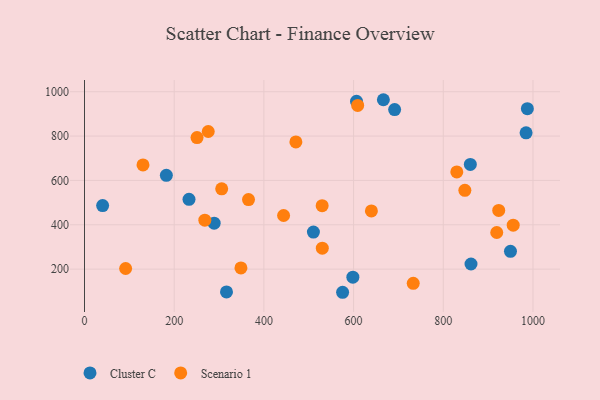
{"axis": {"x": "Experience", "y": "Salary"}, "legend": ["Cluster C", "Scenario 1"], "data": [{"x": "598.4", "y": 163.8, "type": "Cluster C"}, {"x": "860.3", "y": 672.3, "type": "Cluster C"}, {"x": "984.6", "y": 814.5, "type": "Cluster C"}, {"x": "182.5", "y": 623.1, "type": "Cluster C"}, {"x": "510.4", "y": 367.2, "type": "Cluster C"}, {"x": "861.8", "y": 223.0, "type": "Cluster C"}, {"x": "949.8", "y": 280.3, "type": "Cluster C"}, {"x": "316.6", "y": 97.2, "type": "Cluster C"}, {"x": "233.0", "y": 514.8, "type": "Cluster C"}, {"x": "987.5", "y": 923.6, "type": "Cluster C"}, {"x": "691.5", "y": 919.6, "type": "Cluster C"}, {"x": "289.1", "y": 407.4, "type": "Cluster C"}, {"x": "575.5", "y": 95.6, "type": "Cluster C"}, {"x": "40.4", "y": 486.7, "type": "Cluster C"}, {"x": "666.4", "y": 963.9, "type": "Cluster C"}, {"x": "606.5", "y": 957.0, "type": "Cluster C"}, {"x": "130.4", "y": 670.0, "type": "Scenario 1"}, {"x": "365.7", "y": 513.8, "type": "Scenario 1"}, {"x": "91.7", "y": 202.8, "type": "Scenario 1"}, {"x": "348.8", "y": 205.5, "type": "Scenario 1"}, {"x": "955.9", "y": 398.1, "type": "Scenario 1"}, {"x": "471.3", "y": 773.4, "type": "Scenario 1"}, {"x": "848.1", "y": 555.2, "type": "Scenario 1"}, {"x": "830.1", "y": 638.4, "type": "Scenario 1"}, {"x": "733.0", "y": 135.8, "type": "Scenario 1"}, {"x": "609.1", "y": 938.2, "type": "Scenario 1"}, {"x": "919.2", "y": 365.1, "type": "Scenario 1"}, {"x": "305.9", "y": 562.3, "type": "Scenario 1"}, {"x": "250.9", "y": 793.1, "type": "Scenario 1"}, {"x": "443.9", "y": 441.9, "type": "Scenario 1"}, {"x": "639.7", "y": 462.4, "type": "Scenario 1"}, {"x": "275.9", "y": 820.7, "type": "Scenario 1"}, {"x": "268.3", "y": 420.6, "type": "Scenario 1"}, {"x": "923.6", "y": 464.8, "type": "Scenario 1"}, {"x": "530.2", "y": 294.5, "type": "Scenario 1"}, {"x": "529.9", "y": 486.1, "type": "Scenario 1"}]}